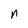
Character: n